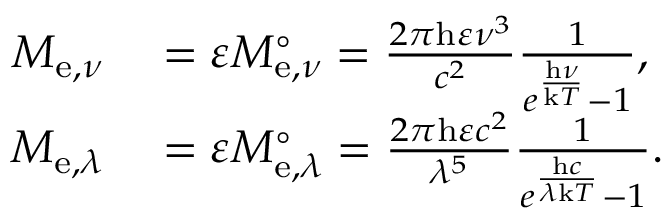
\begin{array} { r l } { M _ { \mathrm { e } , \nu } } & { { } = \varepsilon M _ { \mathrm { e } , \nu } ^ { \circ } = { \frac { 2 \pi \mathrm { h } \varepsilon \nu ^ { 3 } } { c ^ { 2 } } } { \frac { 1 } { e ^ { \frac { \mathrm { h } \nu } { \mathrm { k } T } } - 1 } } , } \\ { M _ { \mathrm { e } , \lambda } } & { { } = \varepsilon M _ { \mathrm { e } , \lambda } ^ { \circ } = { \frac { 2 \pi \mathrm { h } \varepsilon c ^ { 2 } } { \lambda ^ { 5 } } } { \frac { 1 } { e ^ { \frac { \mathrm { h } c } { \lambda \mathrm { k } T } } - 1 } } . } \end{array}